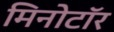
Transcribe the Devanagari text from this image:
मिनोटॉर